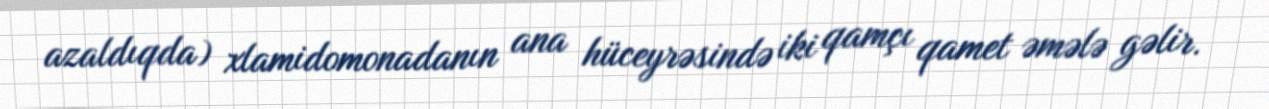
azaldıqda) xlamidomonadanın ana hüceyrəsində iki qamçı qamet əmələ gəlir.